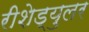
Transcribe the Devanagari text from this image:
रीशेड्युलर